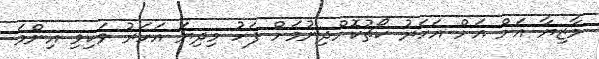
މާޒިޔާ އަށް އަށް އަހަރު ކޯޗުކޮށްދިނުމަށް ފަހު މިދިޔަ އަހަރު ވަކިވި އިންމަ